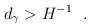
LaTeX: \begin{align*}d_\gamma>H^{-1} \ \ . \end{align*}